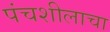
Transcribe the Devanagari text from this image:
पंचशीलाचा